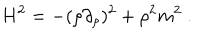
H ^ { 2 } = - ( \rho \partial _ { \rho } ) ^ { 2 } + \rho ^ { 2 } m ^ { 2 } ~ .